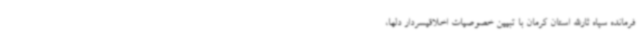
فرمانده سپاه ثارالله استان کرمان با تبیین خصوصیات اخلاقیسردار دلها،